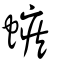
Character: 螏